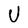
Character: U